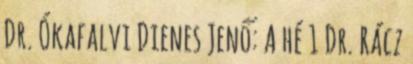
Dr. Ókafalvi Dienes Jenő: A hé 1 Dr. Rácz